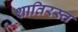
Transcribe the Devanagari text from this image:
शातिरस्त